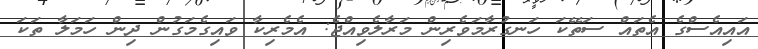
އައިއެސްގެ އެތައް ސަތޭކަ ހަނގުރާމަވެރިން މަރާލެވިއްޖެ: އެމެރިކާ ވައިގެމަގުން ދިން ހަމަލާ ތަކަ